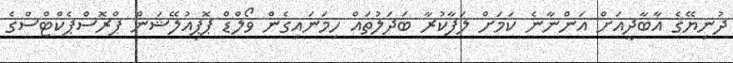
ދުނިޔޭގެ އާބާދީއަށް އަންނާނެ ކަމަށް ލަފާކުރާ ބަދަލުތައް ހިމަނައިގެން ވޯލްޑް ޕޮޕިއުލޭޝަން ޕްރޮސްޕެކްޓްސްގެ